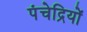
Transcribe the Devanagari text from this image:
पंचेद्रियों